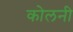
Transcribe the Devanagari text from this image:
कोलनी